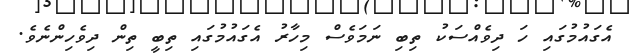
އެގައުމުގައި ހަ ދިވެއްސަކު ތިބި ނަމަވެސް މިހާރު އެގައުމުގައި ތިބީ ތިން ދިވެހިންނެވެ.